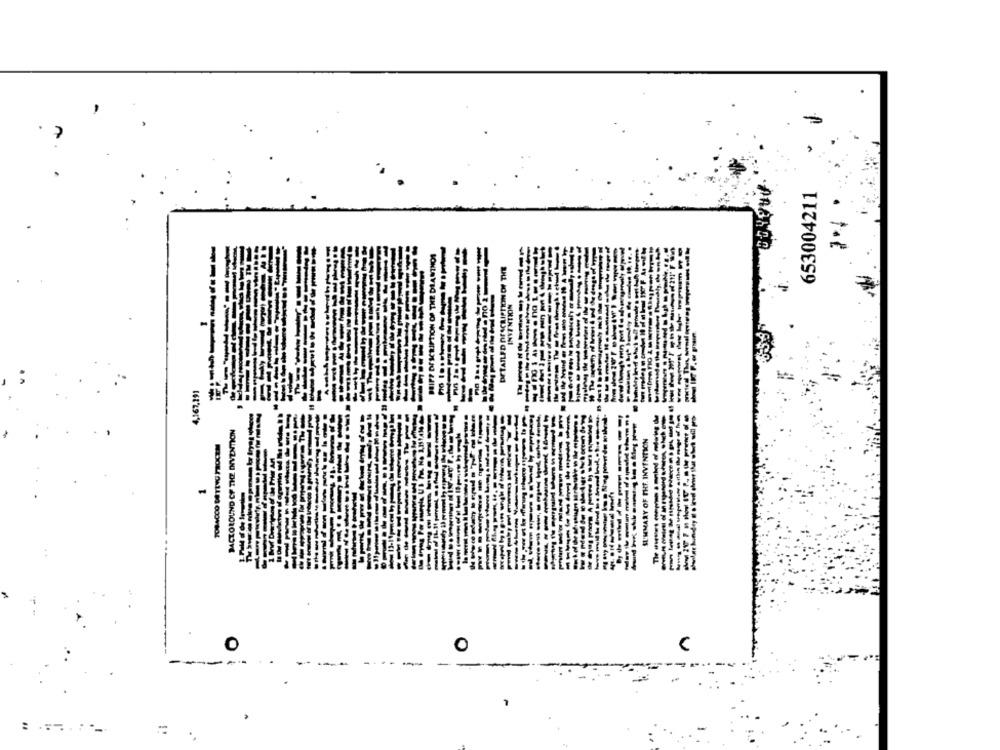
653004211
-
----
PACTOROUND CF THE INVENTION
SI'MMARY OF THE INVENTION
--------
.
O
V